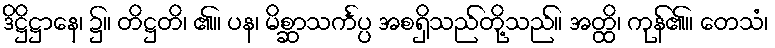
ဒိဋ္ဌိဋ္ဌာနေ၊ ၌။ တိဋ္ဌတိ၊ ၏။ ပန၊ မိစ္ဆာသင်္ကပ္ပ အစရှိသည်တို့သည်။ အတ္ထိ၊ ကုန်၏။ တေသံ၊